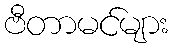
ဗီတာမင်များ